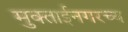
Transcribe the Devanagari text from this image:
मुक्ताईनगरच्य